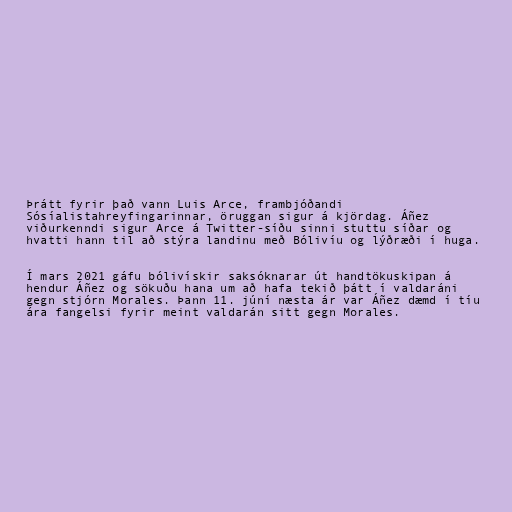
Þrátt fyrir það vann Luis Arce, frambjóðandi
Sósíalistahreyfingarinnar, öruggan sigur á kjördag. Áñez
viðurkenndi sigur Arce á Twitter-síðu sinni stuttu síðar og
hvatti hann til að stýra landinu með Bólivíu og lýðræði í huga.

Í mars 2021 gáfu bólivískir saksóknarar út handtökuskipan á
hendur Áñez og sökuðu hana um að hafa tekið þátt í valdaráni
gegn stjórn Morales. Þann 11. júní næsta ár var Áñez dæmd í tíu
ára fangelsi fyrir meint valdarán sitt gegn Morales.